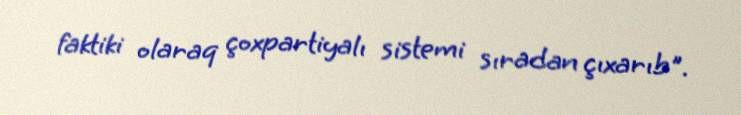
faktiki olaraq çoxpartiyalı sistemi sıradan çıxarıb".